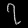
Digit: ၇